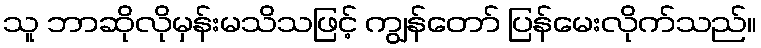
သူ ဘာဆိုလိုမှန်းမသိသဖြင့် ကျွန်တော် ပြန်မေးလိုက်သည်။